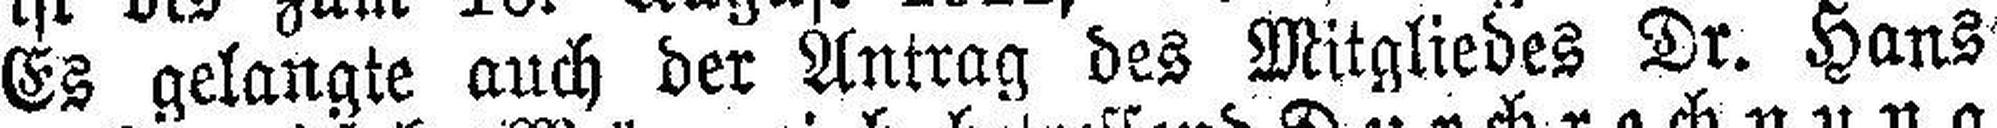
Es gelangte auch der Antrag des Mitgliedes Dr. Hans